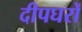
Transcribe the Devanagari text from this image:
दीपघरों